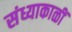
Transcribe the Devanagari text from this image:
संध्याकाळीं